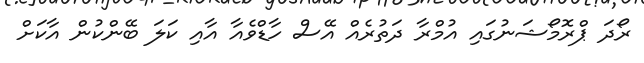
ރޯދަ ޕްރޮމޯޝަނުގައި އުމްރާ ދަތުރެއް އޭސް ހާޑްވެއާ އާއި ކަލަ ބޭންކުން އާކަށް